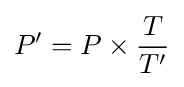
P'=P\times {\frac {T}{T'}}